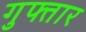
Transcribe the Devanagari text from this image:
गुफ्तार